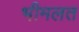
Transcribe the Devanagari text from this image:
भीमलत